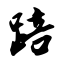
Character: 踣